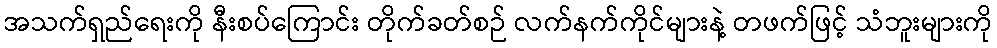
အသက်ရှည်ရေးကို နီးစပ်ကြောင်း တိုက်ခတ်စဉ် လက်နက်ကိုင်များနဲ့ တဖက်ဖြင့် သံဘူးများကို